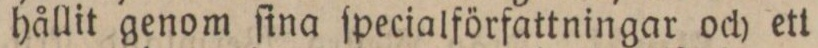
hållit genom ſina ſpecialförfattningar och ett